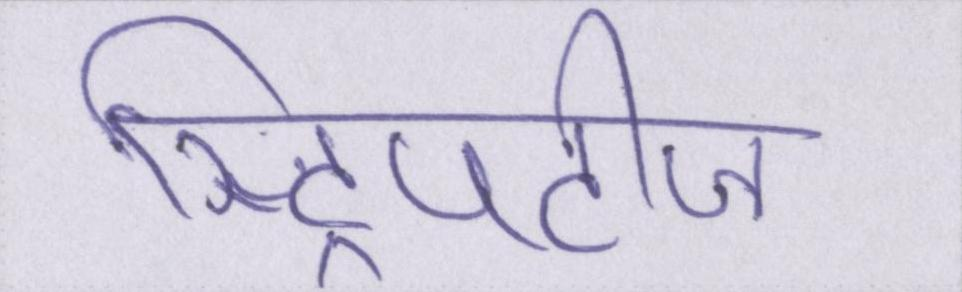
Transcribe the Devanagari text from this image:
स्ट्रिपटीज